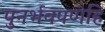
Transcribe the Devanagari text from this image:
पुनर्भवपणेहि